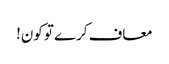
معاف کرے تو کون!